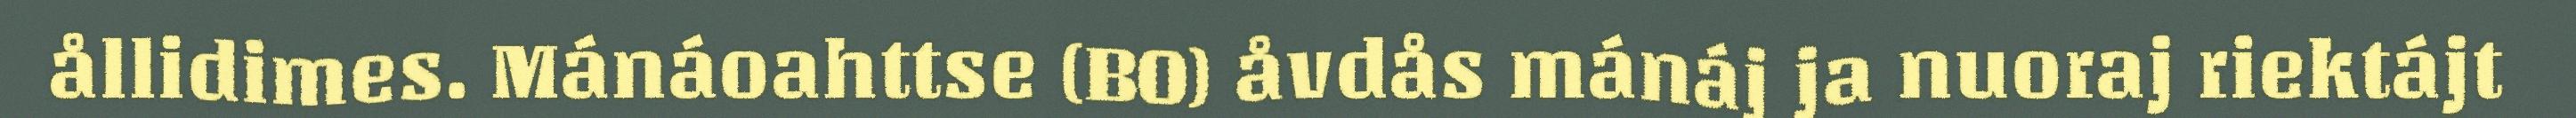
ållidimes. Mánáoahttse (BO) åvdås mánáj ja nuoraj riektájt